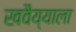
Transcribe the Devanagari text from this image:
खवैय्याला